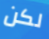
لكن